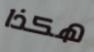
هكذا